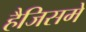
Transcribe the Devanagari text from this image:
हैजिसमे